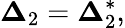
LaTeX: {{\boldsymbol{\Delta}}_{2}}={\boldsymbol{\Delta}}_{2}^{*},